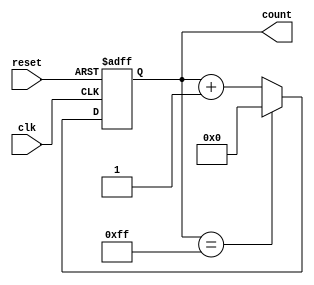
module binary_counter (
    input clk,
    input reset,
    output reg [7:0] count
);

always @(posedge clk or posedge reset) begin
    if (reset) begin
        count <= 8'b00000000;
    end else begin
        if (count == 8'b11111111) begin
            count <= 8'b00000000;
        end else begin
            count <= count + 8'b00000001;
        end
    end
end

endmodule